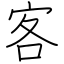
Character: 客